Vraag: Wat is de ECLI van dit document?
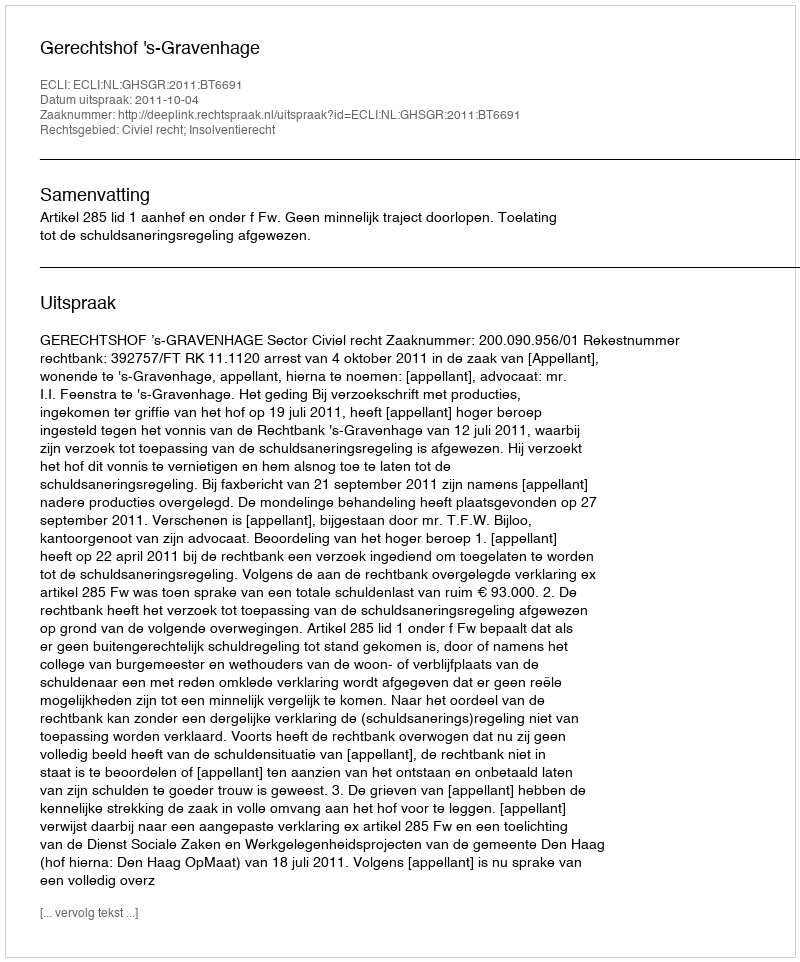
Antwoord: ECLI:NL:GHSGR:2011:BT6691